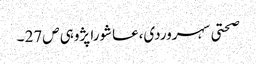
صحتی سہروردی،عاشورا پژوہی ص27 ۔